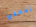
تفهمي